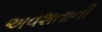
અવશતાની